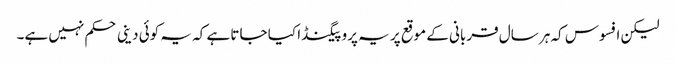
لیکن افسوس کہ ہر سال قربانی کے موقع پر یہ پروپیگنڈا کیا جاتا ہے کہ یہ کوئی دینی حکم نہیں ہے۔